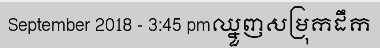
September 2018 - 3:45 pmឈ្នួញសម្រុកដឹក